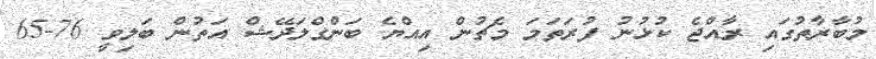
މުބާރާތުގައި ރާއްޖެ ކުޅުނު ފުރަތަމަ މެޗުން އިއްޔެ ބަންގްލަދޭޝް އަތުން ބަލިވީ 76-65